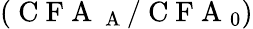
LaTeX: (\mathrm{~C~F~A~}_{\mathrm{~A~}}/\mathrm{~C~F~A~}_{0})